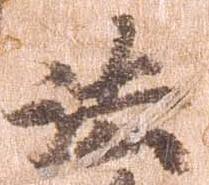
法